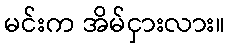
မင်းက အိမ်ငှားလား။